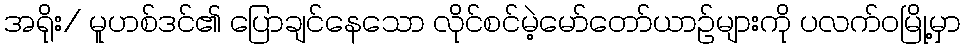
အရိုး/ မူဟစ်ဒင်၏ ပြောချင်နေသော လိုင်စင်မဲ့မော်တော်ယာဉ်များကို ပလက်ဝမြို့မှာ